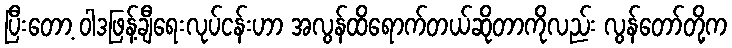
ပြီးတော့ ဝါဒဖြန့်ချီရေးလုပ်ငန်းဟာ အလွန်ထိရောက်တယ်ဆိုတာကိုလည်း လွန်တော်တို့က